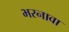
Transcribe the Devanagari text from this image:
भरनावा